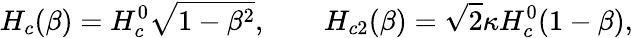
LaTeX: H_{c}(\beta)=H_{c}^{0}\sqrt{1-\beta^{2}},\qquad H_{c2}(\beta)=\sqrt{2}\kappa H_{c}^{0}(1-\beta),